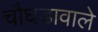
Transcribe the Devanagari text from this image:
चौघडावाले